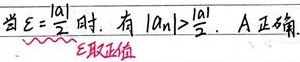
当\(\varepsilon=\frac{|a|}{2}\)时，有\(|a_{n}|>\frac{|a|}{2}\)，A正确（\(\varepsilon\)取正值）